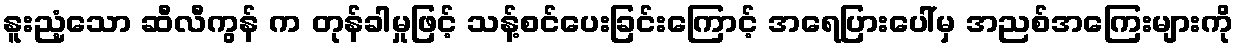
နူးညံ့သော ဆီလီကွန် က တုန်ခါမှုဖြင့် သန့်စင်ပေးခြင်းကြောင့် အရေပြားပေါ်မှ အညစ်အကြေးများကို